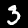
Label: 3